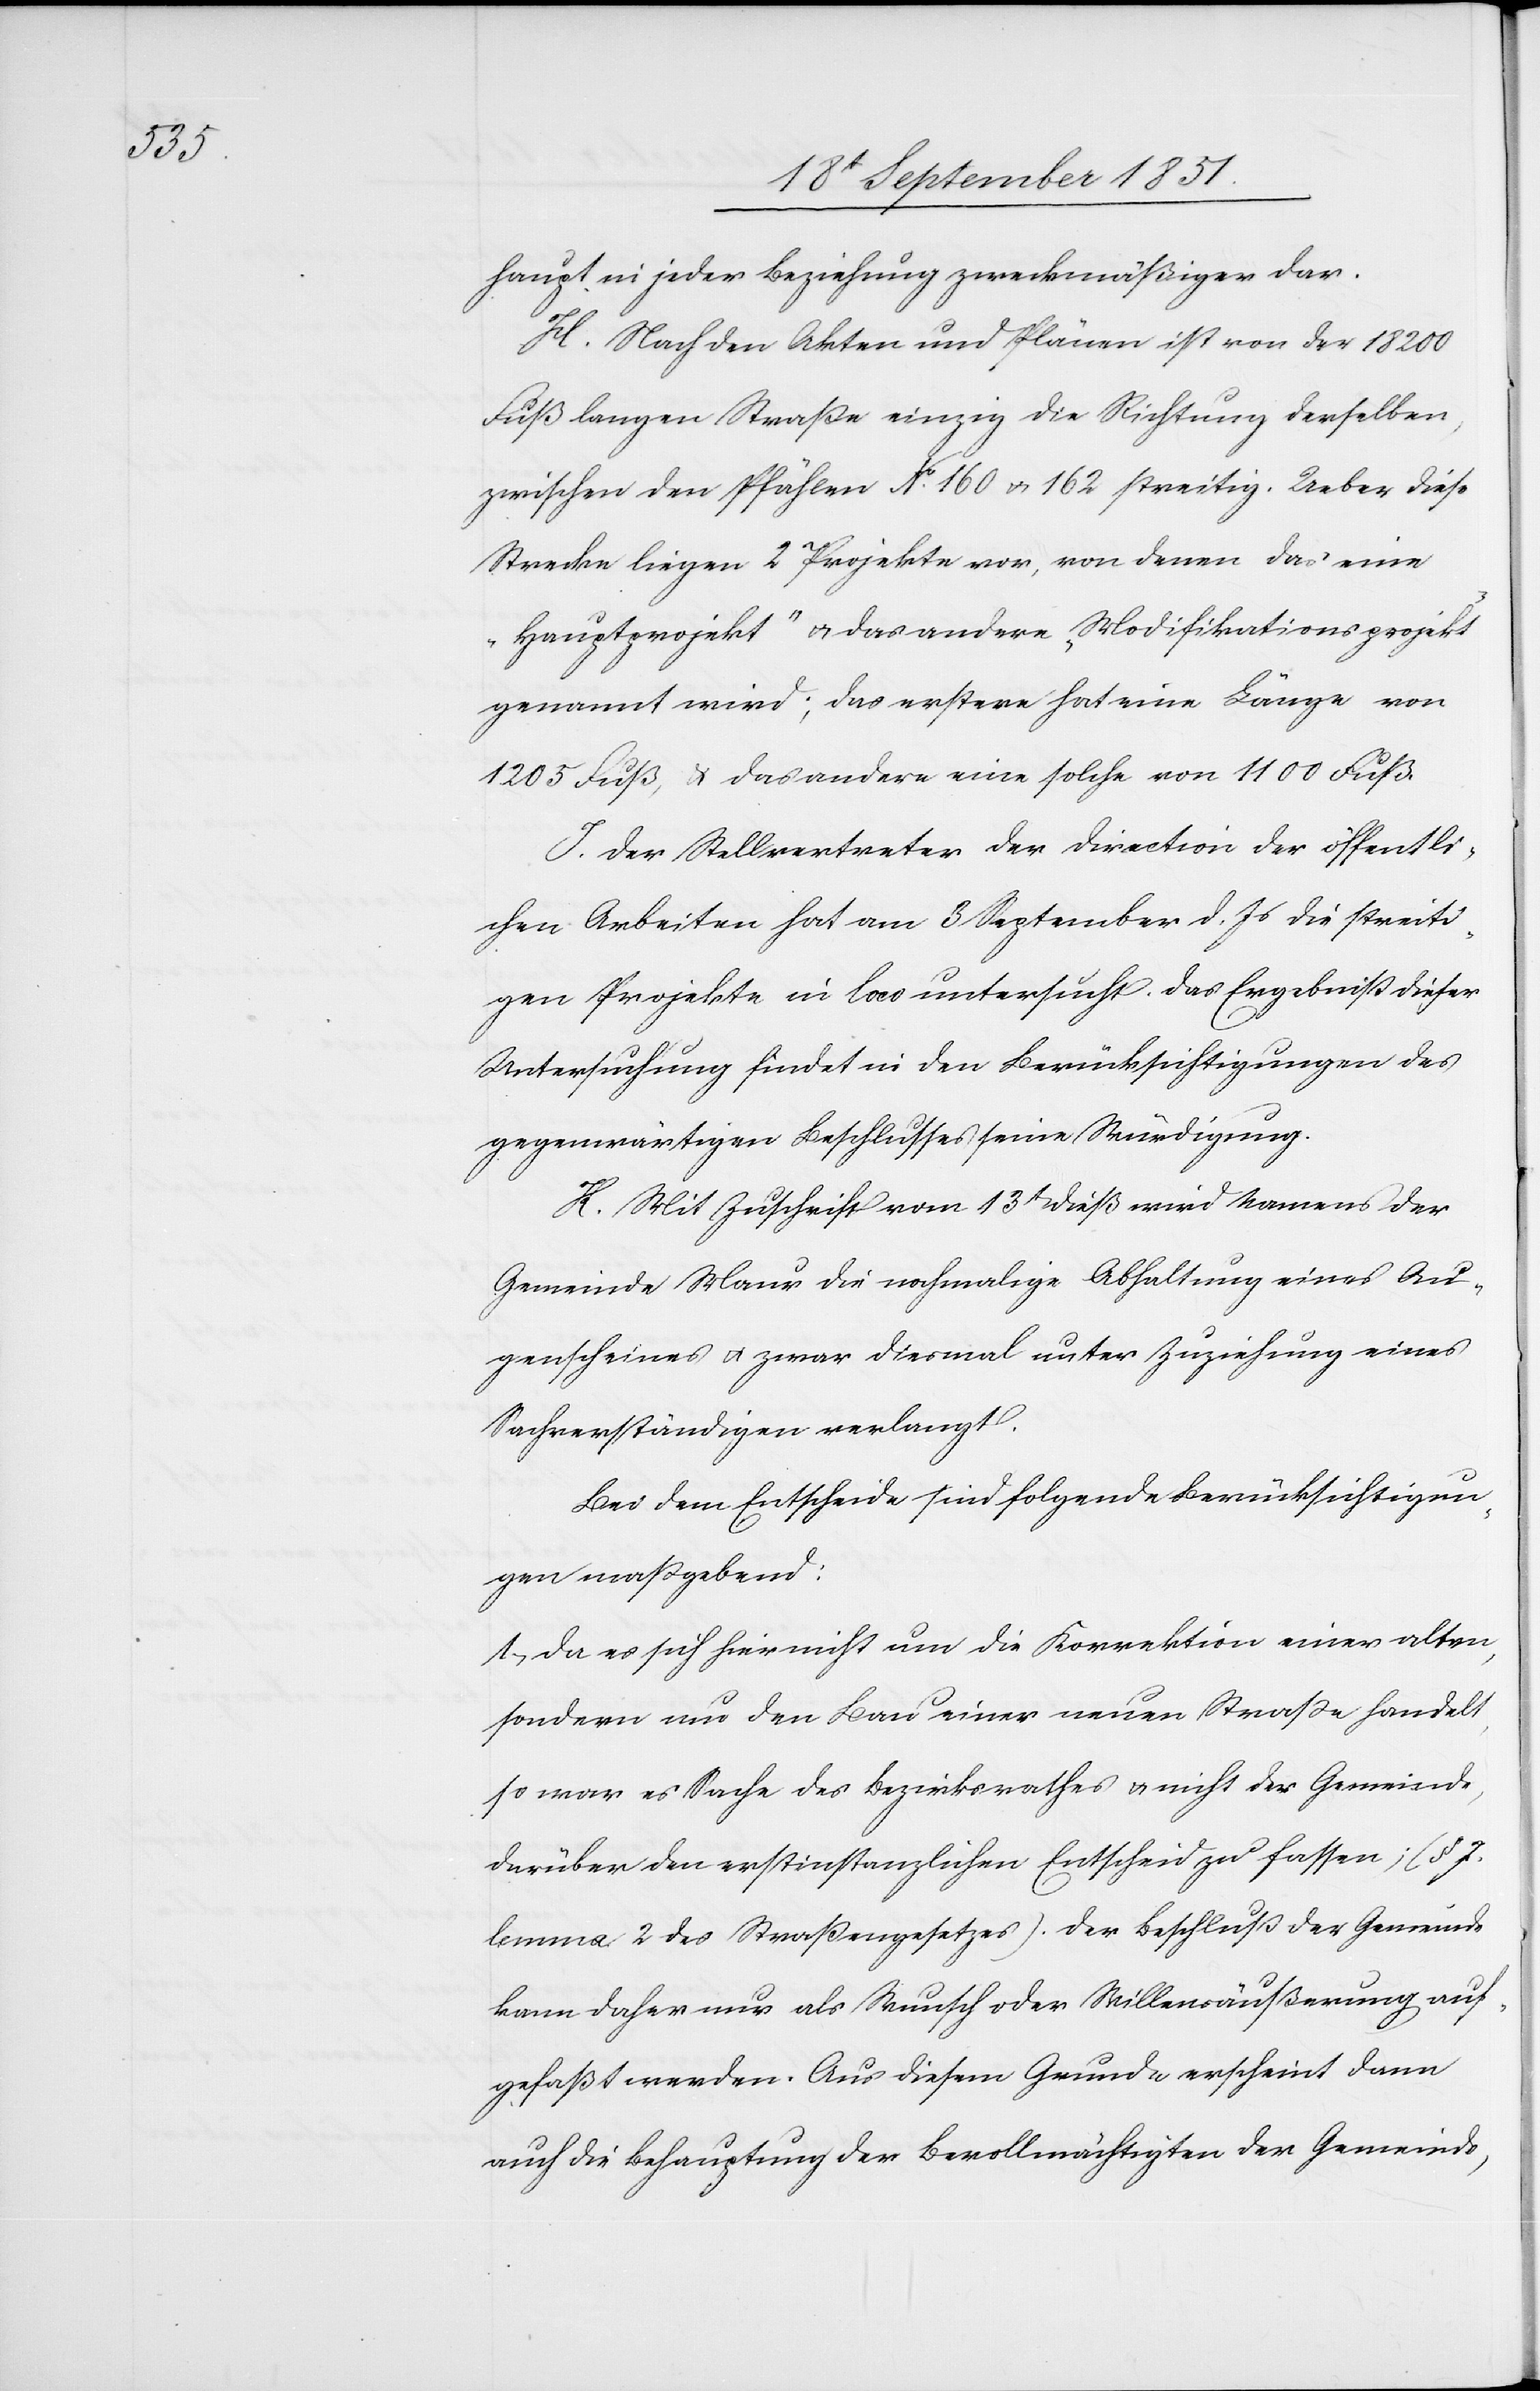
haupt in jeder Beziehung zweckmäßiger dar.
H. Nach den Akten und Plänen ist von der 18 200
Fuß langen Straße einzig die Richtung derselben,
zwischen den Pfählen No. 160 & 162 streitig. Ueber diese
Strecke liegen 2 Projekte vor, von denen das eine
„Hauptprojekt“ & das andere „Modifikationsprojekt“
genannt wird; das erstere hat eine Länge von
1205 Fuß, & das andere eine solche von 1100 Fuß.
I. Der Stellvertreter der Direction der öffentli¬
chen Arbeiten hat am 3 September d. Js die streiti¬
gen Projekte in loco untersucht. Das Ergebniß dieser
Untersuchung findet in den Berücksichtigungen des
gegenwärtigen Beschlusses seine Würdigung.
K. Mit Zuschrift vom 13t dieß wird Namens der
Gemeinde Maur die nochmalige Abhaltung eines Au¬
genscheines & zwar diesmal unter Zuziehung eines
Sachverständigen verlangt.
Bei dem Entscheide sind folgende Berücksichtigun¬
gen maßgebend:
1, Da es sich hier nicht um die Korrektion einer alten,
sondern um den Bau einer neuen Straße handelt,
so war es Sache des Bezirksrathes & nicht der Gemeinde,
darüber den erstinstanzlichen Entscheid zu fassen; (§ 7.
lemma 2 des Straßengesetzes). Der Beschluß der Gemeinde
kann daher nur als Wunsch oder Willensäußerung auf¬
gefaßt werden. Aus diesem Grunde erscheint dann
auch die Behauptung der Bevollmächtigten der Gemeinde,